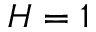
H = 1